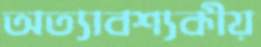
অত্যাবশ্যকীয়